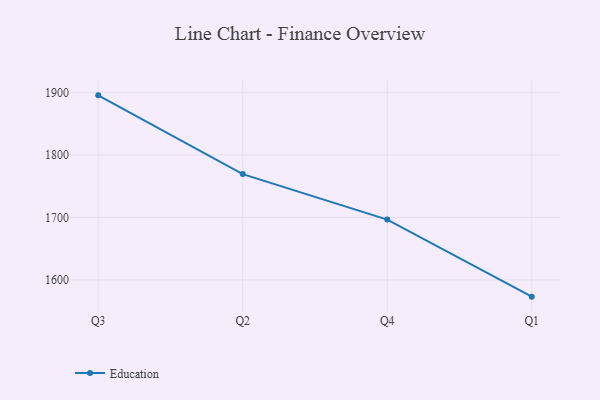
{"axis": {"x": "Quarter", "y": "Latency (ms)"}, "legend": ["Education"], "data": [{"x": "Q3", "y": 1895.2, "type": "Education"}, {"x": "Q2", "y": 1769.2, "type": "Education"}, {"x": "Q4", "y": 1696.5, "type": "Education"}, {"x": "Q1", "y": 1573.2, "type": "Education"}]}